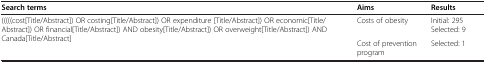
| Search terms | Aims | Results |
 | --- | --- | --- |
 | (((((cost[Title/Abstract]) OR costing[Title/Abstract]) OR expenditure [Title/Abstract]) OR economic[Title/Abstract]) OR financial[Title/Abstract]) AND obesity[Title/Abstract]) OR overweight[Title/Abstract]) AND Canada[Title/Abstract] | Costs of obesity | Initial: 295 Selected: 9 |
 |  | Cost of prevention program | Selected: 1 |